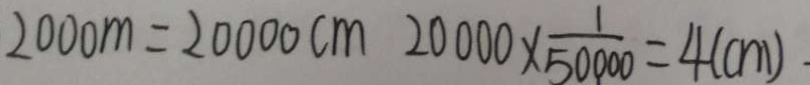
2 0 0 0 m = 2 0 0 0 0 c m 2 0 0 0 0 \times \frac { 1 } { 5 0 0 0 0 } = 4 ( c m )